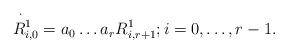
LaTeX: \begin{align*} \overset \cdot {\;\;R^1_{i,0}}=a_0\dots a_rR_{i,r+1}^1;i=0,\dots, r-1.\end{align*}